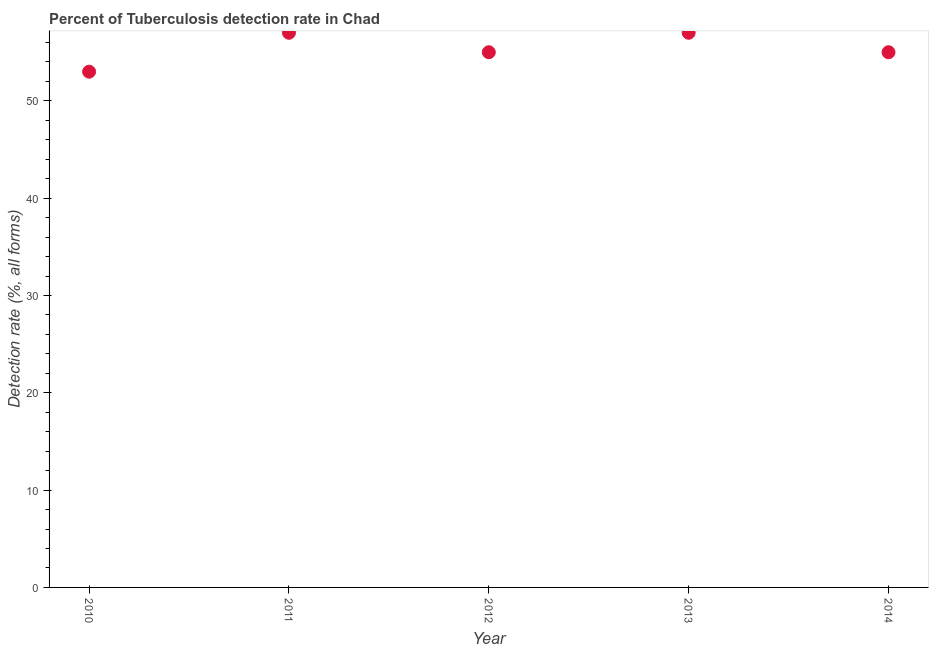
| Year | Tuberculosis case detection rate |
 | --- | --- |
 | 2010 | 53 |
 | 2011 | 57 |
 | 2012 | 55 |
 | 2013 | 57 |
 | 2014 | 55 |